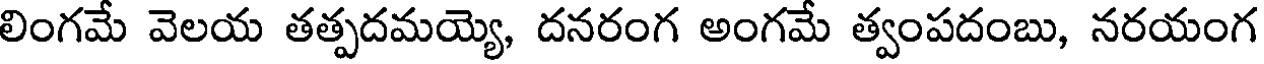
లింగమే వెలయ తత్పదమయ్యె, దనరంగ అంగమే త్వంపదంబు, నరయంగ